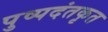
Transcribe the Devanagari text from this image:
पुष्पदंतकृत